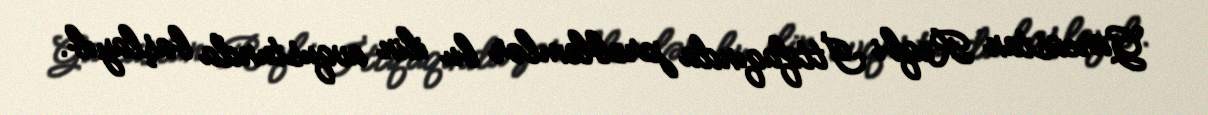
Gürcüstan Reqbi İttifaqında problemlər bu ilin avqustunda başlayıb.